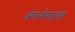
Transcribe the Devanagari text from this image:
अंतर्भागातूनही